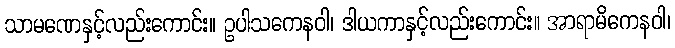
သာမဏေနှင့်လည်းကောင်း။ ဥပါသကေနဝါ၊ ဒါယကာနှင့်လည်းကောင်း။ အာရာမိကေနဝါ၊